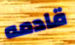
قادمه